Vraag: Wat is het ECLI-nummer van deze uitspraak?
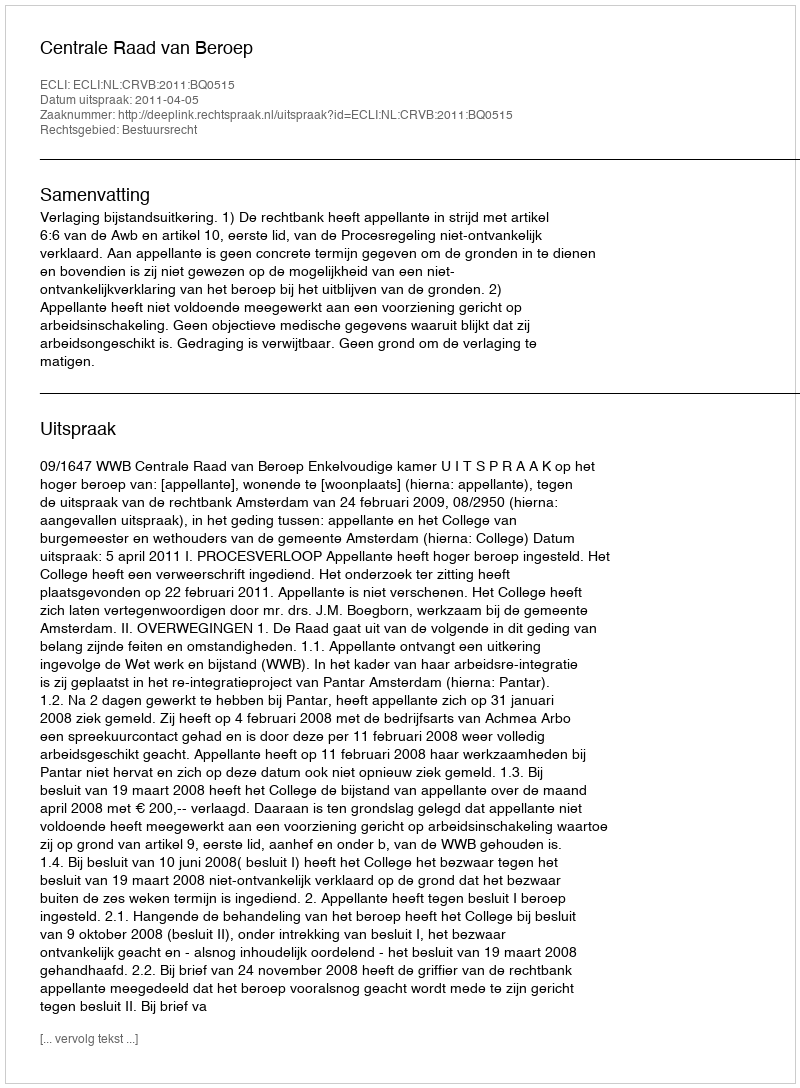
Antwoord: ECLI:NL:CRVB:2011:BQ0515